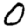
Digit: 0